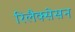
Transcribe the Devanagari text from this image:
रिलैक्सेसन